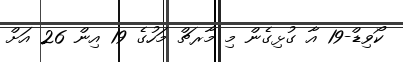
ކޯވިޑް-19 އާ ގުޅިގެން މި މާރޗް މަހުގެ 19 އިން 26 އަށް